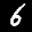
Label: 6